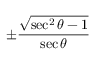
\pm { \frac { \sqrt { \sec ^ { 2 } \theta - 1 } } { \sec \theta } }